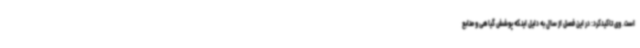
است. وی تاکیدکرد: در این فصل از سال به دلیل اینکه پوشش گیاهی و منابع